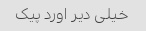
خیلی دیر اورد پیک